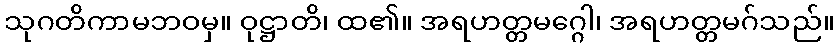
သုဂတိကာမဘဝမှ။ ဝုဋ္ဌာတိ၊ ထ၏။ အရဟတ္တမဂ္ဂေါ၊ အရဟတ္တမဂ်သည်။